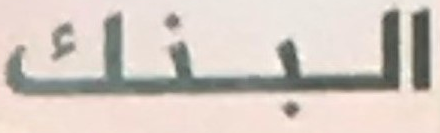
البنك